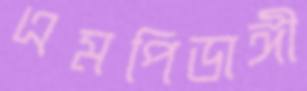
এমপিডাঙ্গী